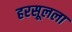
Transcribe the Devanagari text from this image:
हरसूलला